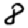
Digit: 8